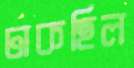
ঢাকছিল